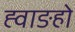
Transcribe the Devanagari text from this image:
ह्वाङहो